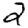
Digit: 2